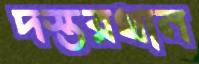
দস্তরখান